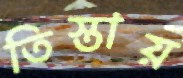
তিস্তায়